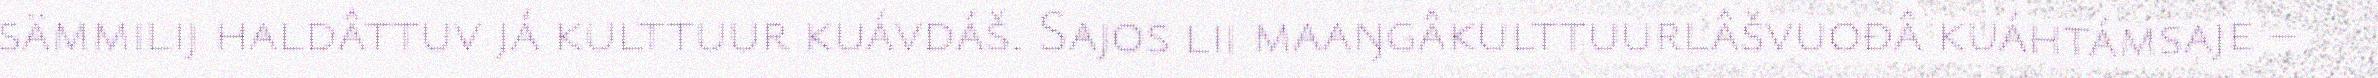
sämmilij haldâttuv já kulttuur kuávdáš. Sajos lii maaŋgâkulttuurlâšvuođâ kuáhtámsaje –